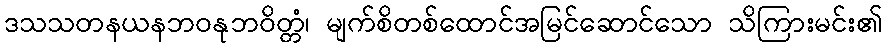
ဒသသတနယနဘဝနုဘဝိတ္တံ၊ မျက်စိတစ်ထောင်အမြင်ဆောင်သော သိကြားမင်း၏